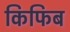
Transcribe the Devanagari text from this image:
किफिब